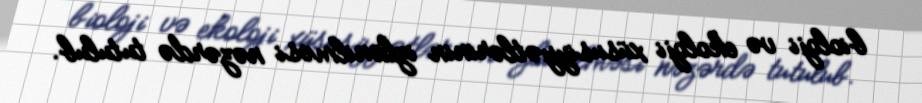
bioloji və ekoloji xüsusiyyətlərinin izlənilməsi nəzərdə tutulub.